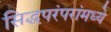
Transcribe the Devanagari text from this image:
सिद्धपरंपरांमध्ये